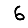
Digit: 6